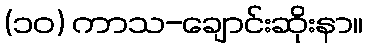
(၁၀) ကာသ-ချောင်းဆိုးနာ။